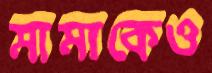
মামাকেও